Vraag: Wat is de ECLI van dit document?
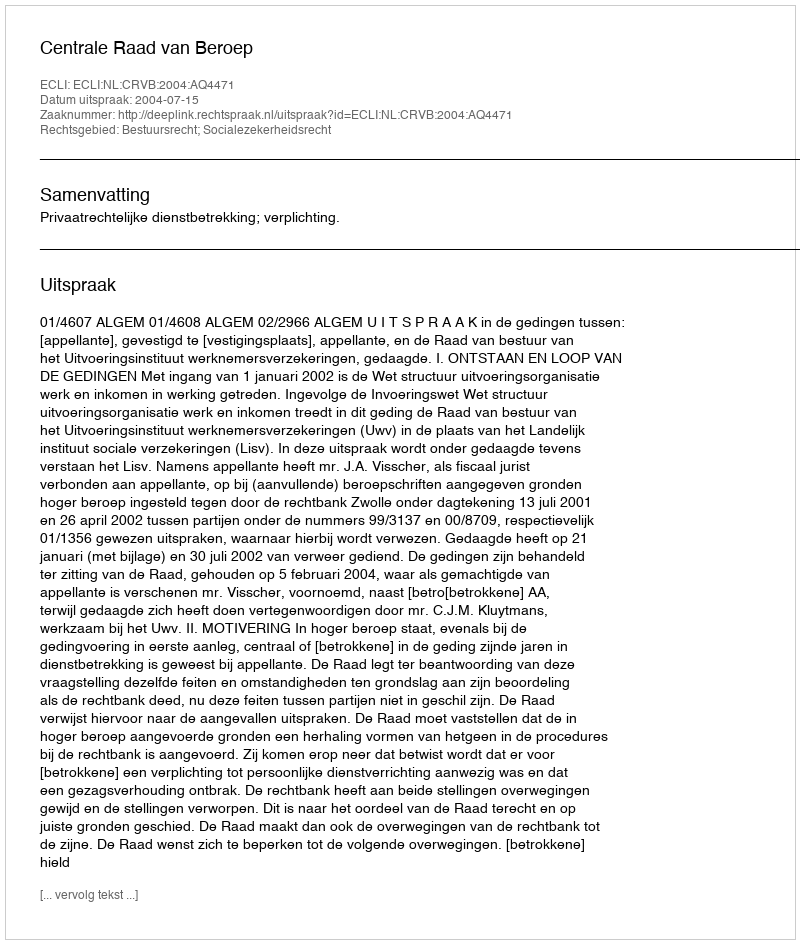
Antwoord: ECLI:NL:CRVB:2004:AQ4471